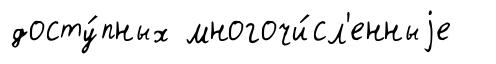
досту́пных многочи́сл'енныjе